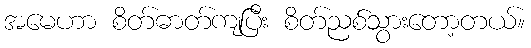
အမေဟာ စိတ်ဓာတ်ကျပြီး စိတ်ညစ်သွားတော့တယ်။